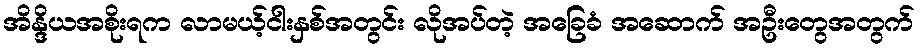
အိန္ဒိယအစိုးရက လာမယ့်ငါးနှစ်အတွင်း လိုအပ်တဲ့ အခြေခံ အဆောက် အဦးတွေအတွက်